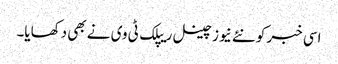
اسی خبر کو نئے نیوز چینل ریپلک ٹی وی نے بھی دکھایا۔